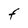
Character: F